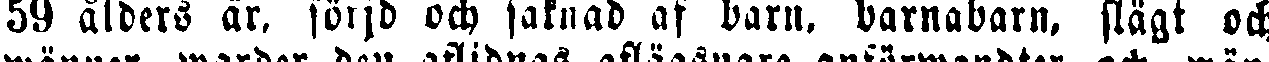
59 ålders är. sörjd och saknad af barn, barnabarn, slägt och